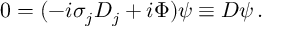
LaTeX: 0 = ( - i \sigma _ { j } D _ { j } + i \Phi ) \psi \equiv { \cal D } \psi \, .